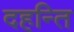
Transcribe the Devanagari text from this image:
दहन्ति